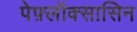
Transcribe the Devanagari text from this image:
पेफ़्लॉक्सासिन